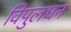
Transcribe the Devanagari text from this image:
विपुलधन